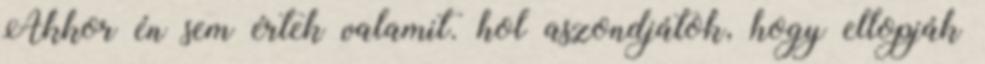
Akkor én sem értek valamit. hol aszondjátok, hogy ellopják